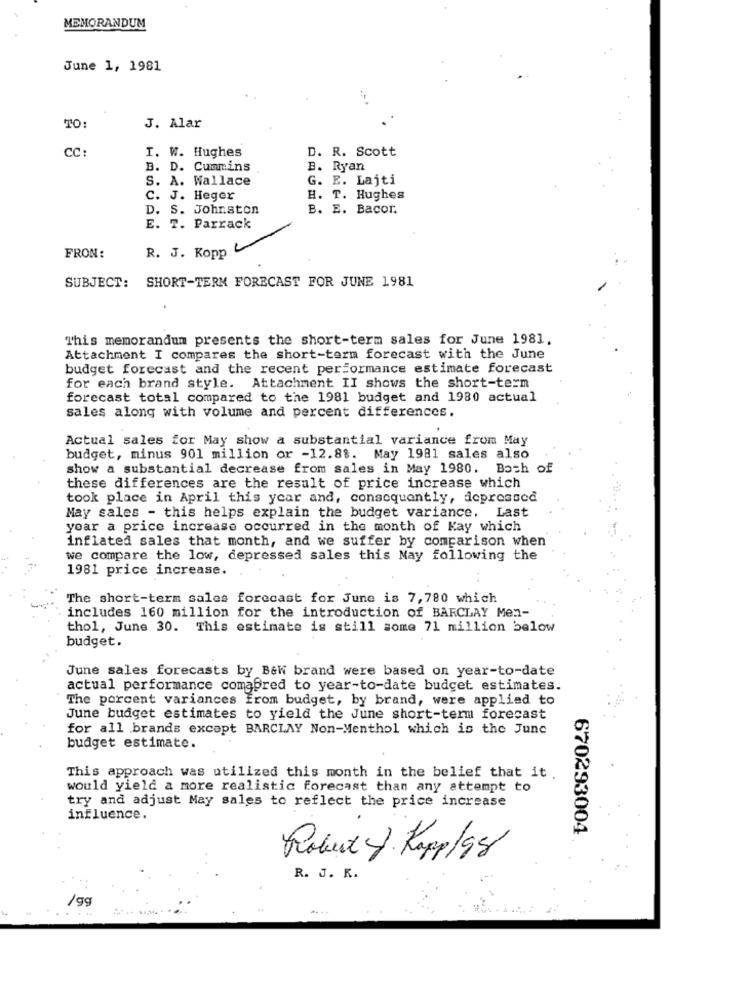
MEMORANDUM
June 1, 1981
TO:
J. Alar
CC:
I. W. Hughes
D. R. Scott
B. D. Cummins
B. Ryan
S. A. Wallace
G. E. Lajti
C. J. Heger
H. T. Hughes
D. S. Johnston
B. E. Bacor.
E. 7. Parrack
FROM:
R. J. Kopp
SUBJECT: SHORT-TERM FORECAST FOR JUNE 1981
This memorandum presents the short-term sales for June 1981.
Attachment I compares the short-term forecast with the June
budget forecast and the recent performance estimate forecast
for each brand style. Attachment II shows the short-term
forecast total compared to the 1981 budget and 1980 actual
sales along with volume and percent differences.
Actual sales for May show a substantial variance from May
budget, minus 901 million or -12.88. May 1981 sales also
show a substantial decrease from sales in May 1980. Both of
these differences are the result of price increase which
took place in April this year and, consequently, depressed
May sales - this helps explain the budget variance. Last
yoar a price increase occurred in the month of Kay which
inflated sales that month, and we suffer by comparison when
we compare the low, depressed sales this May following the
1981 price increase.
The short-term sales forecast for June is 7,780 which
includes 160 million for the introduction of BARCLAY Men-
thol, June 30. This estimate is still some 71 million below
budget.
June sales forecasts by Baw brand were based on year-to-date
actual performance comafred to year-to-date budget estimates.
The porcent variances from budget, by brand, were applied to
June budget estimates to yield the June short-term forecast
for all brands except BARCLAY Non-Menthol which is the June
budget estimate.
This approach was utilized this month in the belief that it
would yield a more realistic forecast than any attempt to
try and adjust May sales to reflect the price increase
influence.
670293004
Robert - Kapp/98
R. J. K.
/gg